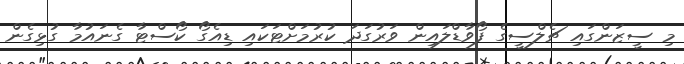
މި ސީޒަންގައި ޗެލްސީގެ ފޯވާޑްލައިން ވަރުގަދަ ކުރުމަށްޓަކައި ޑިއެގޯ ކޯސްޓާ ގެނައުމާ ގުޅިގެން